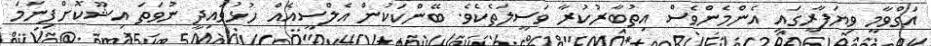
އަގްވާމީ ވިޔަފާރީގައި އެންމެންވެސް އިތުބާރުކުރާ ވަސީލަތެކެވެ. ބޭންކަކުން އެލްސީއެއް ހުޅުވައިދީ ނުވަތަ އިޝޫކޮށްފިނަމަ